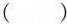
( )